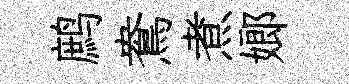
鹧鴦煮嫏